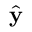
\hat { \mathbf { y } }